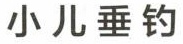
小儿垂钓